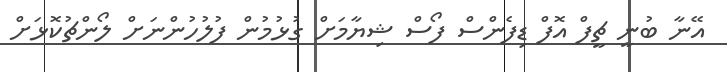
އޭނާ ބުނީ ޗީފް އޮފް ޑިފެންސް ފޯސް ޝިޔާމަށް ގުޅުމުން ފުލުހުންނަށް ލޯންޗުކޮޅަށް